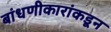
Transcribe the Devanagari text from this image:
बांधणीकारांकडून